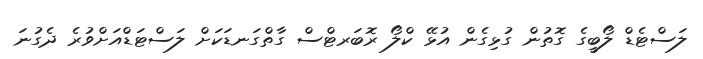
ލަސްޓެޑް ލޯބީގެ ގޮތުން ގުޅިގެން އުޅޭ ކްލޯ ރޮބަރޓްސް ގާތްގަނޑަކަށް ލަސްޓަޑްއަށްވުރެ ދެގުނަ